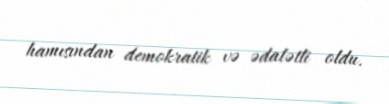
hamısından demokratik və ədalətli oldu.